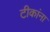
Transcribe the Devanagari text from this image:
टीकांना